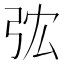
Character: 𢏐